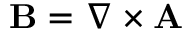
{ \bf { B } } = \nabla \times { \bf { A } }